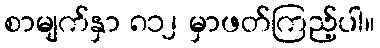
စာမျက်နှာ ၈၁၂ မှာဖတ်ကြည့်ပါ။